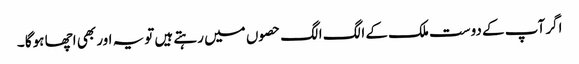
اگر آپ کے دوست ملک کے الگ الگ حصوں میں رہتے ہیں تویہ اور بھی اچھا ہوگا ۔